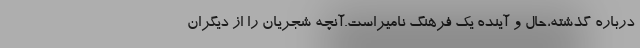
درباره گذشته،حال و آینده یک فرهنگ نامیراست.آنچه شجریان را از دیگران